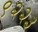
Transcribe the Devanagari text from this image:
९२२३